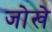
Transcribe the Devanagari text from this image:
जोखे